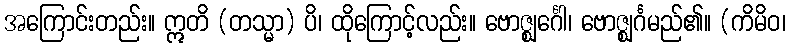
အကြောင်းတည်း။ ဣတိ (တသ္မာ) ပိ၊ ထိုကြောင့်လည်း။ ဗောဇ္ဈင်္ဂေါ၊ ဗောဇ္ဈင်္ဂမည်၏။ (ကိမိဝ၊